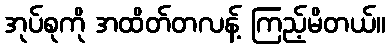
အုပ်စုကို အထိတ်တလန့် ကြည့်မိတယ်။